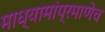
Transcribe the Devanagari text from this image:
माध्यामांप्रमाणेच